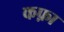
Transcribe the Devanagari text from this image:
कफ़ा